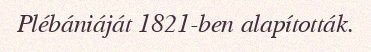
Plébániáját 1821-ben alapították.